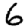
Digit: 6